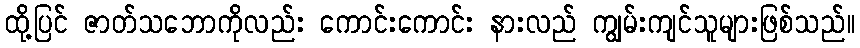
ထို့ပြင် ဇာတ်သဘောကိုလည်း ကောင်းကောင်း နားလည် ကျွမ်းကျင်သူများဖြစ်သည်။